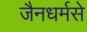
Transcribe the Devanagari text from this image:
जैनधर्मसे